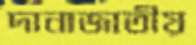
দানাজাতীয়